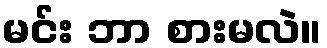
မင်း ဘာ စားမလဲ။